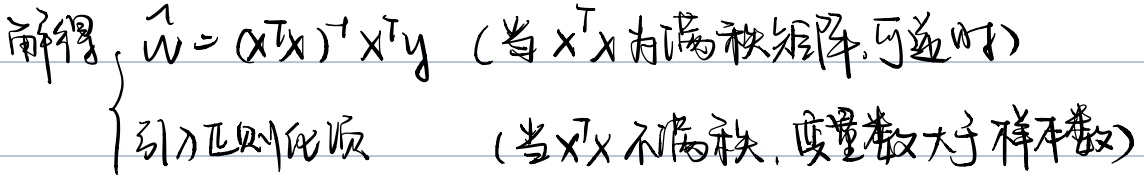
解得，\(\hat{w}=(X^{T}X)^{-1}X^{T}y\)（当\(X^{T}X\)为满秩矩阵,可逆时）。引入正则化项 （当\(X^{T}X\)不满秩，变量数大于样本数）